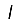
Digit: 1